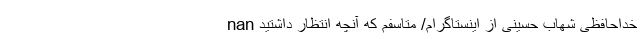
nan خداحافظی شهاب حسینی از اینستاگرام/ متاسفم که آنچه انتظار داشتید